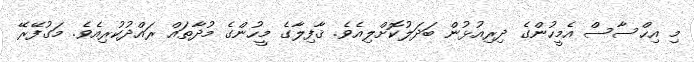
މި އިޙްސާސް އެމީހުންގެ ދިރިއުޅުން ބަދަލުކޮށްލިއެވެ. ޤާފިލާގެ މީހުންގެ މުދާތައް ރައްދުކުރިއެވެ. މަގުފޭރޭ